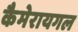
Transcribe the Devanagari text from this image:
कैमेरायगल